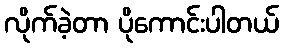
လိုက်ခဲ့တာ ပိုကောင်းပါတယ်